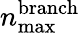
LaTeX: n_{\textrm{max}}^{\textrm{branch}}